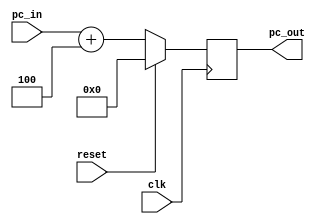
`timescale 1ns / 1ps
//////////////////////////////////////////////////////////////////////////////////
// Company: 
// Engineer: 
// 
// Design Name: 
// Module Name:    pc 
// Project Name: 
// Target Devices: 
// Tool versions: 
// Description: 
//
// Dependencies: 
//
// Revision: 
// Revision 0.01 - File Created
// Additional Comments: 
//
//////////////////////////////////////////////////////////////////////////////////
module pc(
	input [31:0] pc_in,
	input clk,
	input reset,
	output reg [31:0] pc_out
    );
	 
	always@(posedge clk)
		if(reset)
			pc_out <= 32'b0;
		else
			pc_out <= pc_in + 4;
endmodule